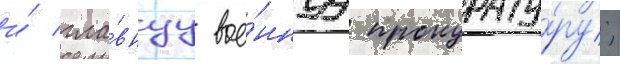
и́ гла́внуу вое́ннуу прокурату́ру;